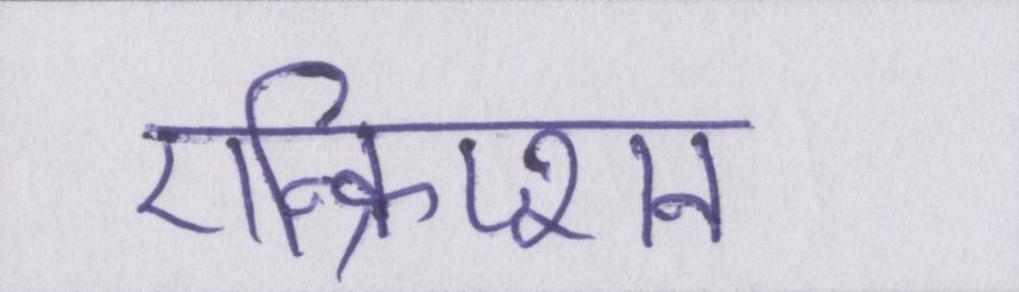
एन्क्रिप्शन